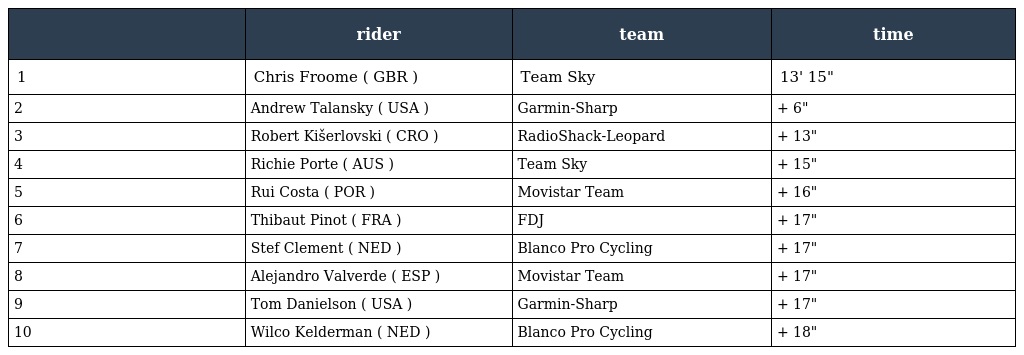
|  | rider | team | time |
 | --- | --- | --- | --- |
 | 1 | Chris Froome ( GBR ) | Team Sky | 13' 15" |
 | 2 | Andrew Talansky ( USA ) | Garmin-Sharp | + 6" |
 | 3 | Robert Kišerlovski ( CRO ) | RadioShack-Leopard | + 13" |
 | 4 | Richie Porte ( AUS ) | Team Sky | + 15" |
 | 5 | Rui Costa ( POR ) | Movistar Team | + 16" |
 | 6 | Thibaut Pinot ( FRA ) | FDJ | + 17" |
 | 7 | Stef Clement ( NED ) | Blanco Pro Cycling | + 17" |
 | 8 | Alejandro Valverde ( ESP ) | Movistar Team | + 17" |
 | 9 | Tom Danielson ( USA ) | Garmin-Sharp | + 17" |
 | 10 | Wilco Kelderman ( NED ) | Blanco Pro Cycling | + 18" |